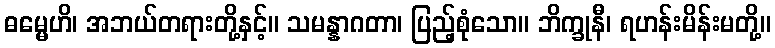
ဓမ္မေဟိ၊ အဘယ်တရားတို့နှင့်။ သမန္နာဂတာ၊ ပြည့်စုံသော။ ဘိက္ခုနီ၊ ရဟန်းမိန်းမတို့။